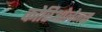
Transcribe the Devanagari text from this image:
कोरिओलेनस